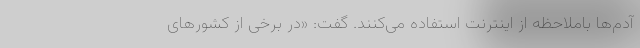
آدم‌ها باملاحظه از اینترنت استفاده می‌کنند. گفت: «در برخی از کشورهای